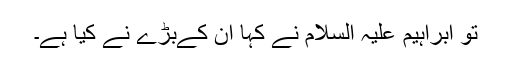
تو ابراہیم علیہ السلام نے کہا ان کےبڑے نے کیا ہے۔